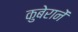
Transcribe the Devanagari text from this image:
कुबेरानें